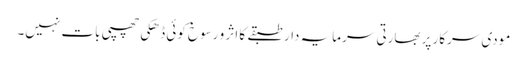
مودی سرکار پر بھارتی سرمایہ دار طبقے کا اثر و رسوخ کوئی ڈھکی چھپی بات نہیں۔